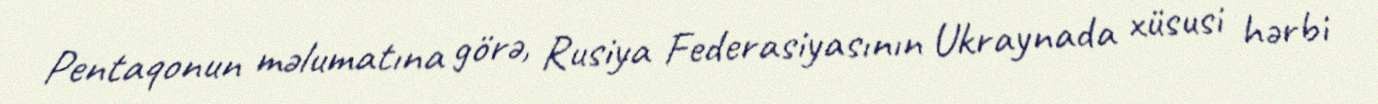
Pentaqonun məlumatına görə, Rusiya Federasiyasının Ukraynada xüsusi hərbi